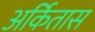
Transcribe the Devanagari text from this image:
अर्कितास